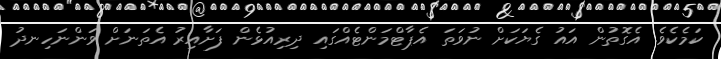
ކަމެކެވެ. އެގޮތުން އައު ގެޔަކަށް ނުވަތަ އެޕާޓްމަންޓެއްގައި ދިރިއުޅެން ފަށާއިރު އެތަނަށް ވަންނަހިނދު